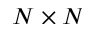
N × N